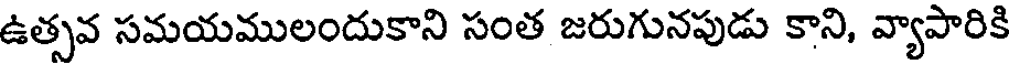
ఉత్సవ సమయములందుకాని సంత జరుగునపుడు కాని, వ్యాపారికి